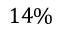
1 4 \%